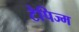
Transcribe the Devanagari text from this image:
टेपिज्म